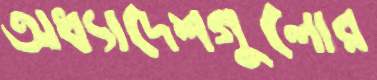
অধ্যাদেশগুলোর